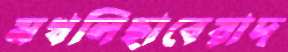
মখলিছাবেয়াদ